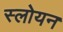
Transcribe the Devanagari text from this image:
स्लोयन